Scottish Leaving Certificate Examination, 1957
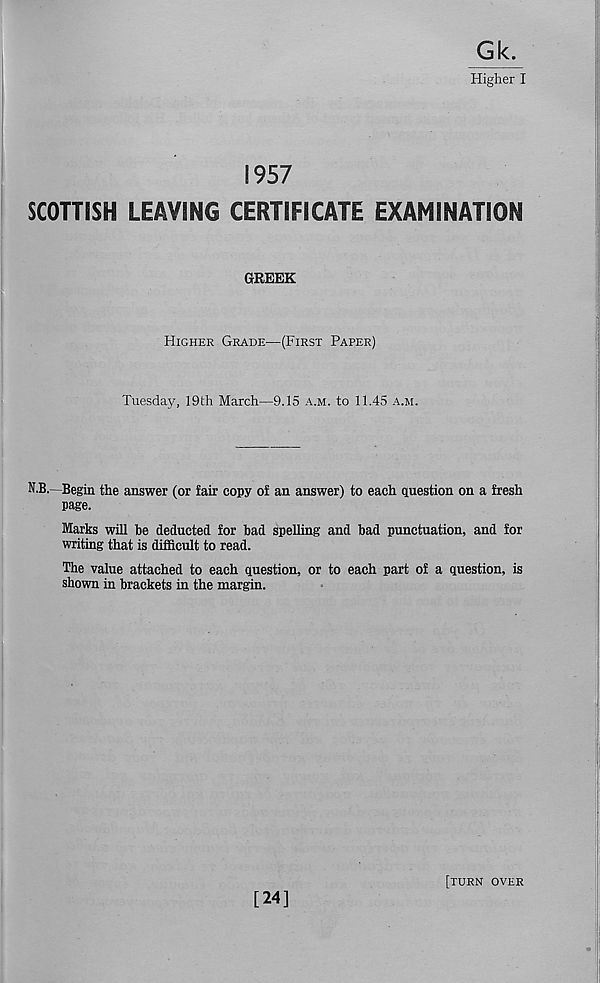
Gk.
Higher I
1957
SCOTTISH LEAVING CERTIFICATE EXAMINATION
GREEK
Higher Grade-—(First Paper)
Tuesday, 19th March—9.15 a.m. to 11.45 a.m.
N.B.—Begin the answer (or fair copy of an answer) to each question on a fresh
page.
Marks will be deducted for bad spelling and bad punctuation, and for
writing that is difficult to read.
The value attached to each question, or to each part of a question, is
shown in brackets in the margin.
[24]
[turn over